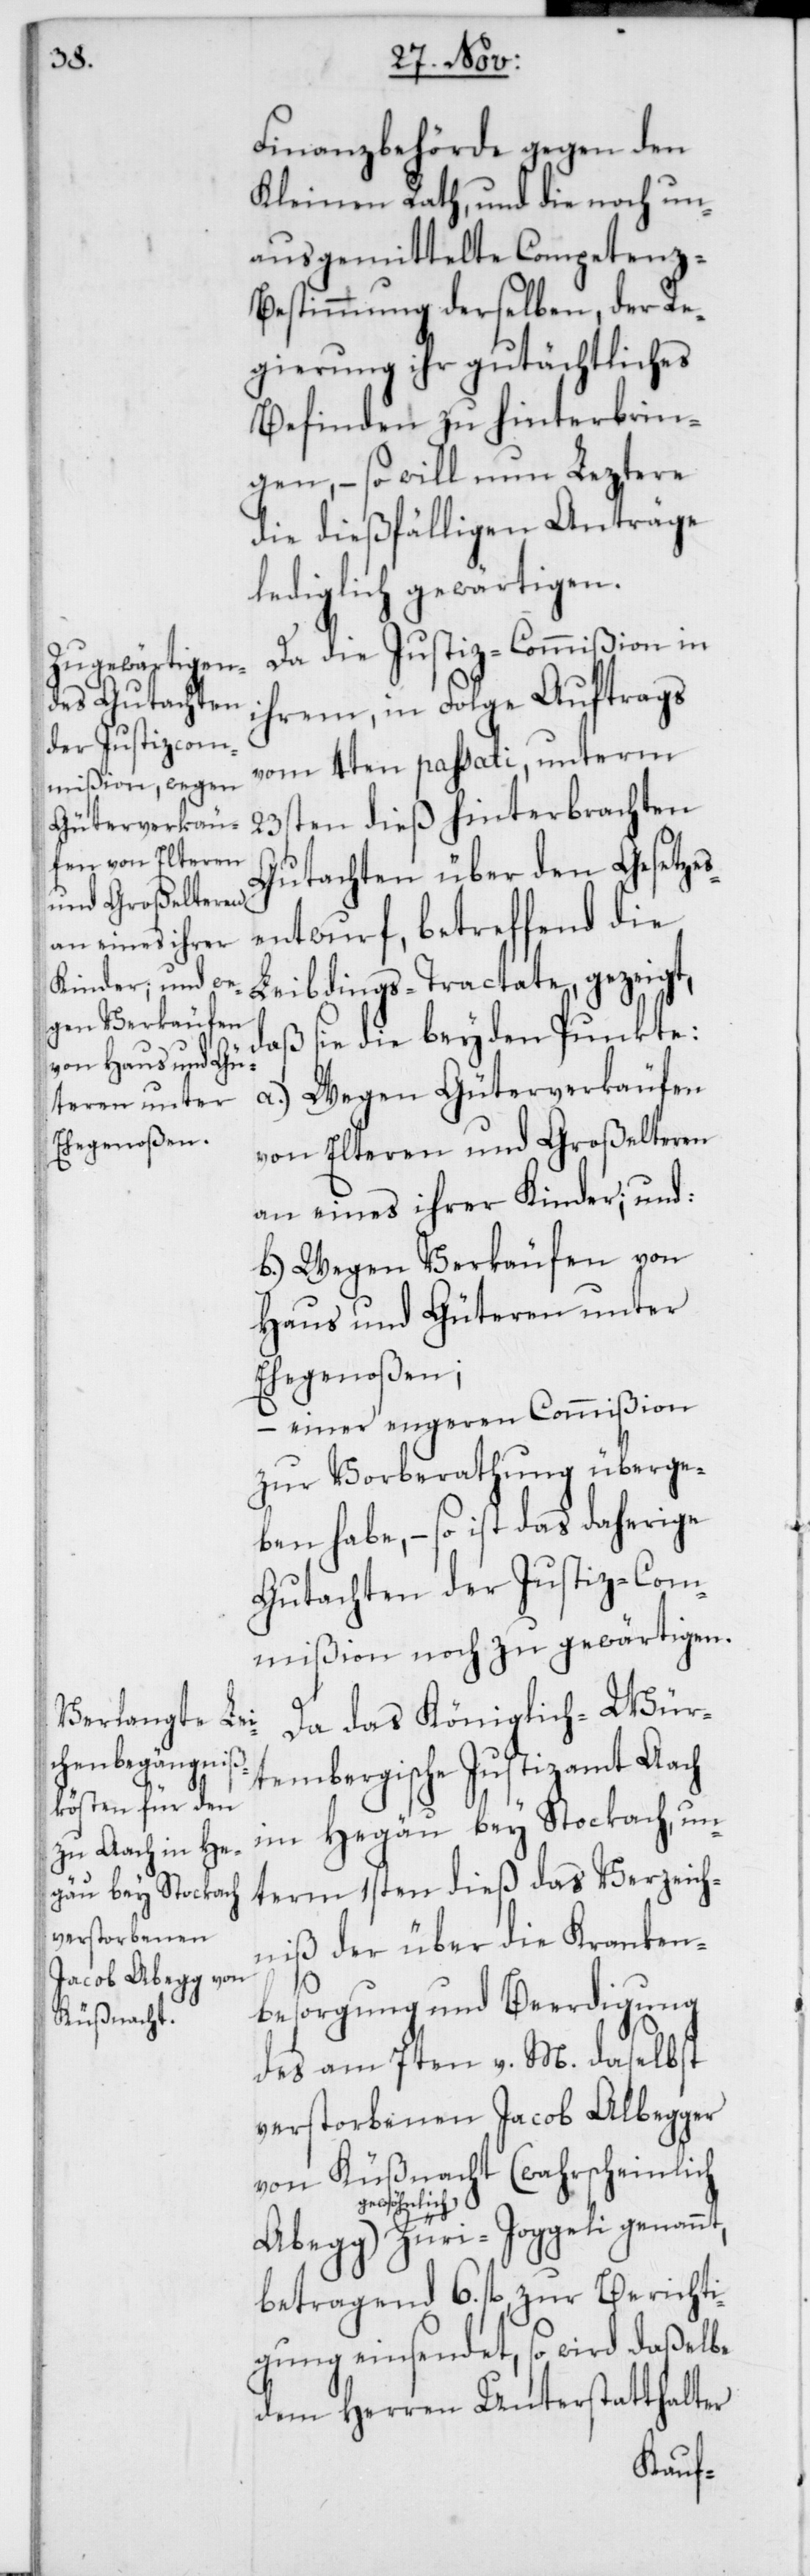
Finanzbehörde gegen den
Kleinen Rath, und die noch un¬
ausgemittelte Competenz-B¬
estimmung derselben, der Re¬
gierung ihr gutächtliches
Befinden zu hinterbrin¬
gen, – so will nun Leztere
die dießfälligen Anträge
lediglich gewärtigen.
Da die Justiz-Commißion in
ihrem, in Folge Auftrags
vom 4ten passati, unterm
23sten dieß hinterbrachten
Gutachten über den Gesetzes¬
entwurf, betreffend die
Leibdings-Tractate, gezeigt,
daß sie die beyden Punkte:
a) Wegen Güterverkaufen
von Elteren und Großelteren
an eines ihrer Kinder; und:
b) wegen Verkaufen von
Haus und Güteren unter
Ehegenoßen;
– einer engeren Commißion
zur Vorberathung überge¬
ben habe, – so ist das daherige
Gutachten der Justiz-Com¬
mißion noch zu gewärtigen.
Da das Königlich-Wür¬
tembergische Justizamt Aach
im Hegäu bey Stockach, un¬
term 1sten dieß das Verzeich¬
niß der über die Kranken¬
besorgung und Beerdigung
des am 7ten v. M. daselbst
verstorbenen Jacob Albegger
von Küßnacht (wahrscheinlich
nlich
nt,
genan¬
betragend 6. fl. zur Berichti¬
gung einsendet, so wird daßelbe
dem Herren Unterstatthalter